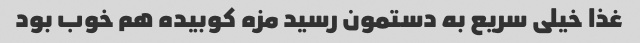
غذا خیلی سریع به دستمون رسید مزه کوبیده هم خوب بود